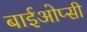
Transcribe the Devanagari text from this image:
बाईओप्सी